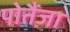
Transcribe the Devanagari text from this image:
पोतैंज़ा